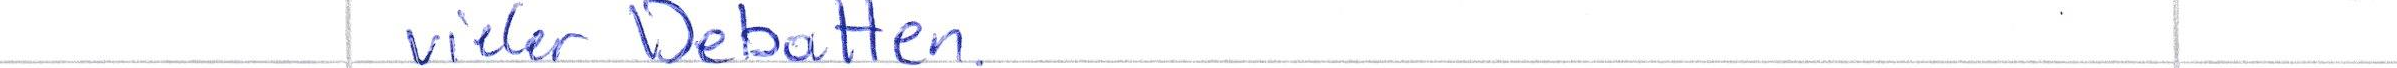
vieler Debatten.